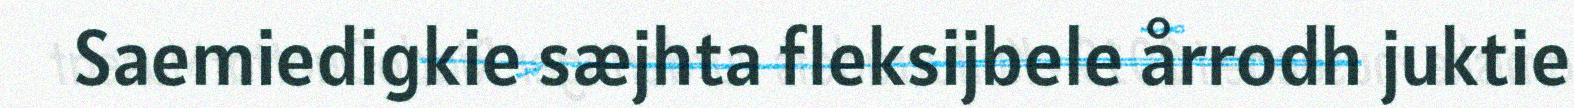
Saemiedigkie sæjhta fleksijbele årrodh juktie